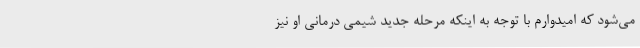
می‌شود که امیدوارم با توجه به اینکه مرحله جدید شیمی درمانی او نیز